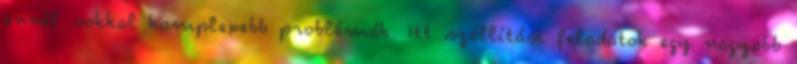
ennél sokkal komplexebb problémák. Itt szállítási feladatok egy nagyobb